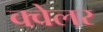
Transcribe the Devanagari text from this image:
क्वेलर